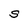
Character: S